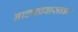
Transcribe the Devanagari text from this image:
नाट्यप्रवासावर